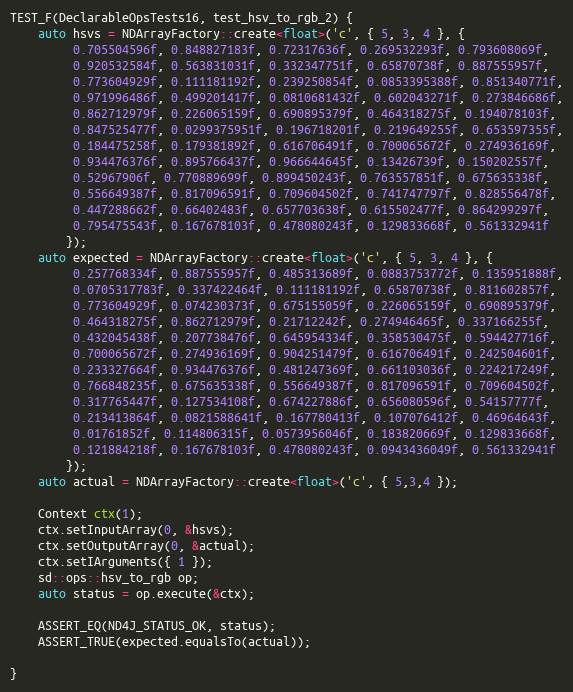
Language: C++
TEST_F(DeclarableOpsTests16, test_hsv_to_rgb_2) {
    auto hsvs = NDArrayFactory::create<float>('c', { 5, 3, 4 }, {
         0.705504596f, 0.848827183f, 0.72317636f, 0.269532293f, 0.793608069f,
         0.920532584f, 0.563831031f, 0.332347751f, 0.65870738f, 0.887555957f,
         0.773604929f, 0.111181192f, 0.239250854f, 0.0853395388f, 0.851340771f,
         0.971996486f, 0.499201417f, 0.0810681432f, 0.602043271f, 0.273846686f,
         0.862712979f, 0.226065159f, 0.690895379f, 0.464318275f, 0.194078103f,
         0.847525477f, 0.0299375951f, 0.196718201f, 0.219649255f, 0.653597355f,
         0.184475258f, 0.179381892f, 0.616706491f, 0.700065672f, 0.274936169f,
         0.934476376f, 0.895766437f, 0.966644645f, 0.13426739f, 0.150202557f,
         0.52967906f, 0.770889699f, 0.899450243f, 0.763557851f, 0.675635338f,
         0.556649387f, 0.817096591f, 0.709604502f, 0.741747797f, 0.828556478f,
         0.447288662f, 0.66402483f, 0.657703638f, 0.615502477f, 0.864299297f,
         0.795475543f, 0.167678103f, 0.478080243f, 0.129833668f, 0.561332941f
        });
    auto expected = NDArrayFactory::create<float>('c', { 5, 3, 4 }, {
         0.257768334f, 0.887555957f, 0.485313689f, 0.0883753772f, 0.135951888f,
         0.0705317783f, 0.337422464f, 0.111181192f, 0.65870738f, 0.811602857f,
         0.773604929f, 0.074230373f, 0.675155059f, 0.226065159f, 0.690895379f,
         0.464318275f, 0.862712979f, 0.21712242f, 0.274946465f, 0.337166255f,
         0.432045438f, 0.207738476f, 0.645954334f, 0.358530475f, 0.594427716f,
         0.700065672f, 0.274936169f, 0.904251479f, 0.616706491f, 0.242504601f,
         0.233327664f, 0.934476376f, 0.481247369f, 0.661103036f, 0.224217249f,
         0.766848235f, 0.675635338f, 0.556649387f, 0.817096591f, 0.709604502f,
         0.317765447f, 0.127534108f, 0.674227886f, 0.656080596f, 0.54157777f,
         0.213413864f, 0.0821588641f, 0.167780413f, 0.107076412f, 0.46964643f,
         0.01761852f, 0.114806315f, 0.0573956046f, 0.183820669f, 0.129833668f,
         0.121884218f, 0.167678103f, 0.478080243f, 0.0943436049f, 0.561332941f
        });
    auto actual = NDArrayFactory::create<float>('c', { 5,3,4 });

    Context ctx(1);
    ctx.setInputArray(0, &hsvs);
    ctx.setOutputArray(0, &actual);
    ctx.setIArguments({ 1 });
    sd::ops::hsv_to_rgb op;
    auto status = op.execute(&ctx);

    ASSERT_EQ(ND4J_STATUS_OK, status);
    ASSERT_TRUE(expected.equalsTo(actual));

}